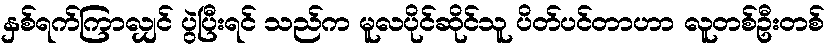
နှစ်ရက်ကြာလျှင် ပွဲပြီးရင် သည်က မူလပိုင်ဆိုင်သူ ပိတ်ပင်တာဟာ လူတစ်ဦးတစ်